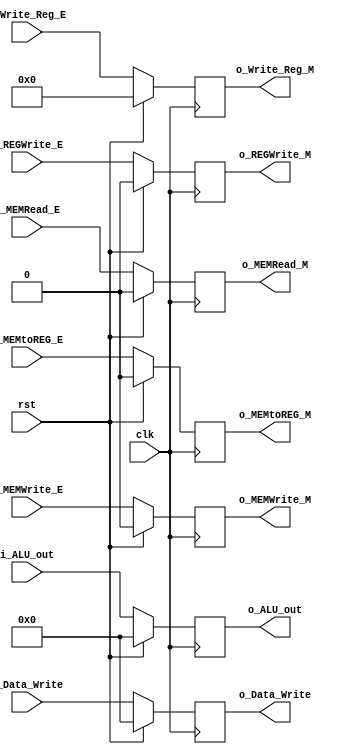
module EX2MEM(
    input clk, rst,
    input [15:0] i_ALU_out, i_Data_Write,
    input [4:0] i_Write_Reg_E,
    input i_REGWrite_E, i_MEMtoREG_E, i_MEMWrite_E, i_MEMRead_E,
    output reg [15:0] o_ALU_out, o_Data_Write,
    output reg [4:0] o_Write_Reg_M,
    output reg o_REGWrite_M, o_MEMtoREG_M, o_MEMWrite_M, o_MEMRead_M
);

always @(posedge clk) begin
    if(rst) begin
        {o_REGWrite_M, o_MEMtoREG_M, o_MEMWrite_M, o_MEMRead_M} <= 0;
        o_ALU_out <= 0;
        o_Data_Write <= 0;
        o_Write_Reg_M <= 0;
    end
    else begin
        o_ALU_out <= i_ALU_out;
        o_Data_Write <= i_Data_Write;
        o_Write_Reg_M <= i_Write_Reg_E;
        o_REGWrite_M <= i_REGWrite_E;
        o_MEMtoREG_M <= i_MEMtoREG_E;
        o_MEMWrite_M <= i_MEMWrite_E;
        o_MEMRead_M <= i_MEMRead_E;
    end
end

endmodule